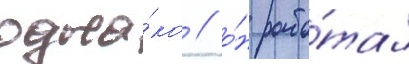
одна́ко / о́н рабо́тал